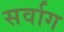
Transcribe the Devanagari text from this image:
सर्वाग